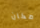
مكان